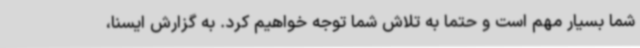
شما بسیار مهم است و حتما به تلاش شما توجه خواهیم کرد. به گزارش ایسنا،